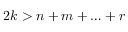
2 k > n + m + \ldots + r